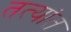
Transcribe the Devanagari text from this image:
तत्यांत